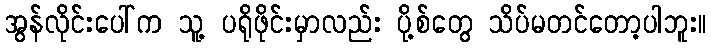
အွန်လိုင်းပေါ်က သူ့ ပရိုဖိုင်းမှာလည်း ပို့စ်တွေ သိပ်မတင်တော့ပါဘူး။